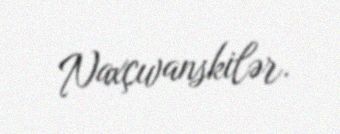
Naxçıvanskilər.